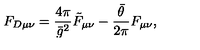
F _ { D \mu \nu } = \frac { 4 \pi } { \bar { g } ^ { 2 } } \tilde { F } _ { \mu \nu } - \frac { \bar { \theta } } { 2 \pi } F _ { \mu \nu } ,